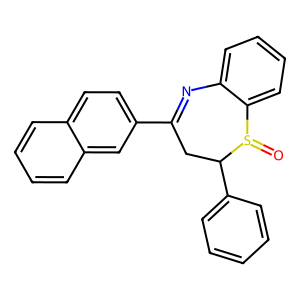
SMILES: O=S1c2ccccc2N=C(c2ccc3ccccc3c2)CC1c1ccccc1
Inhibits HIV replication: No